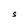
Character: S